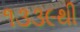
૧૩૩૯થી